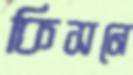
কিসনে